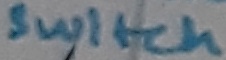
Text: switch